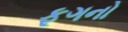
ફૂગનો